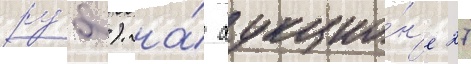
ру́б.). на́ аукцио́н'е 27